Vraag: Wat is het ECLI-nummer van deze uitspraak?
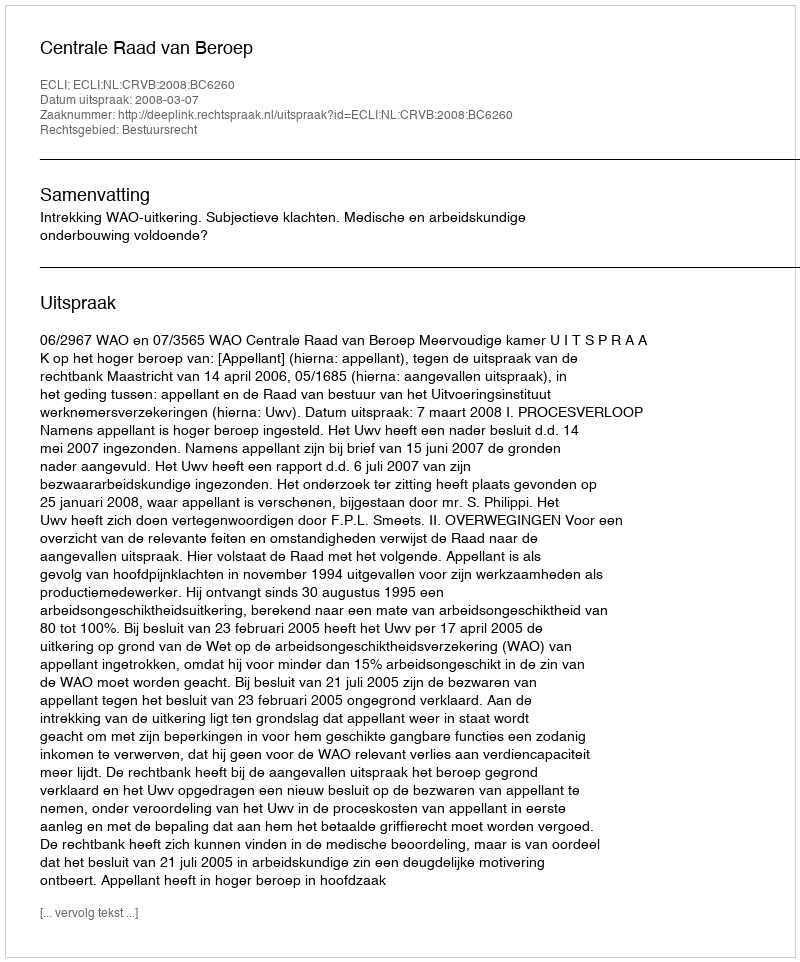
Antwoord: ECLI:NL:CRVB:2008:BC6260